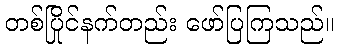
တစ်ပြိုင်နက်တည်း ဖော်ပြကြသည်။